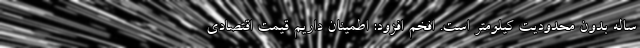
ساله بدون محدودیت کیلومتر است. افخم افزود: اطمینان داریم قیمت اقتصادی